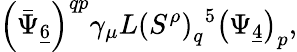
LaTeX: \left(\bar{\Psi}_{\underline{{6}}}\right)^{qp}\gamma_{\mu}L\left(S^{\rho}\right)_{q}{}^{5}\left(\Psi_{\underline{{4}}}\right)_{p},